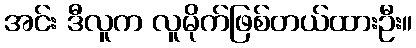
အင်း ဒီလူက လူမိုက်ဖြစ်တယ်ထားဦး။